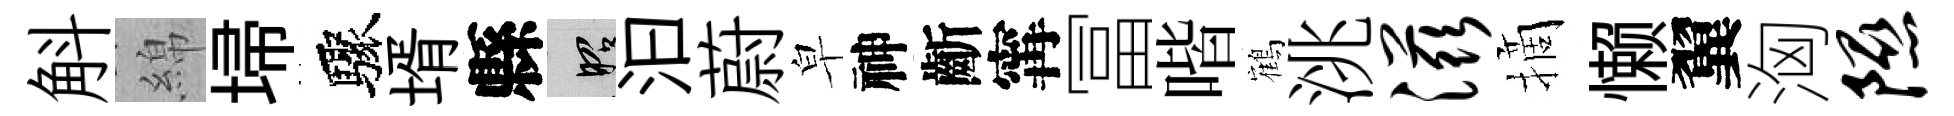
斛綿埽驟壻縣昭汩蔚皁神齗𡩋冨喈鶴洮滋摘懒翼洶隰